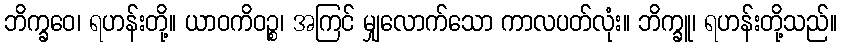
ဘိက္ခဝေ၊ ရဟန်းတို့။ ယာဝကိဝဉ္စ၊ အကြင် မျှလောက်သော ကာလပတ်လုံး။ ဘိက္ခူ၊ ရဟန်းတို့သည်။